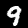
Digit: 9